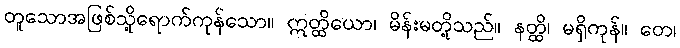
တူသောအဖြစ်သို့ရောက်ကုန်သော။ ဣတ္ထိယော၊ မိန်းမတို့သည်။ နတ္ထိ၊ မရှိကုန်။ တေ၊